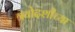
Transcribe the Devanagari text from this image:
त्रयोदशीच्या